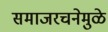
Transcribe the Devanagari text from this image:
समाजरचनेमुळे